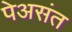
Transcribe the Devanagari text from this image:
पेअसंत